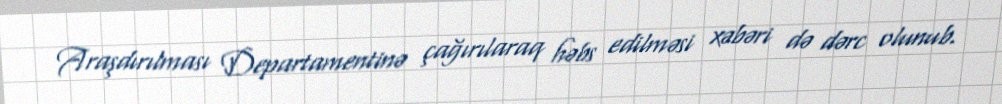
Araşdırılması Departamentinə çağırılaraq həbs edilməsi xəbəri də dərc olunub.